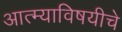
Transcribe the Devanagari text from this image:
आत्म्याविषयीचे